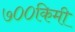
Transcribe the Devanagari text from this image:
७००किमी